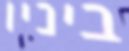
ביניו